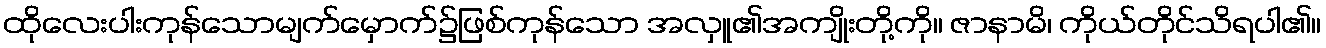
ထိုလေးပါးကုန်သောမျက်မှောက်၌ဖြစ်ကုန်သော အလှူ၏အကျိုးတို့ကို။ ဇာနာမိ၊ ကိုယ်တိုင်သိရပါ၏။